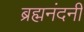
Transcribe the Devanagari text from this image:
ब्रह्मनंदनी